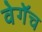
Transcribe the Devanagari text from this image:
वेगॅच